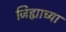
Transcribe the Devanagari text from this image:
जिह्याच्‍या